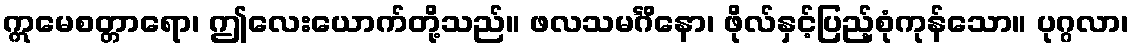
ဣမေစတ္တာရော၊ ဤလေးယောက်တို့သည်။ ဖလသမင်္ဂိနော၊ ဖိုလ်နှင့်ပြည့်စုံကုန်သော။ ပုဂ္ဂလာ၊